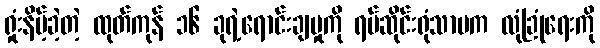
ရှုံးနိမ့်ခဲ့တဲ့ ထုတ်ကုန် ၁၆ ခုရဲ့ရောင်းချမှုကို ရပ်ဆိုင်းရုံသာမက လုံခြုံရေးကို